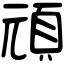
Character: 頑